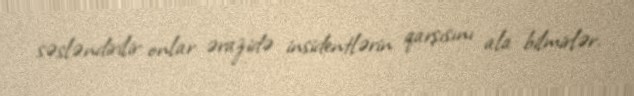
səsləndirilir onlar ərazidə insidentlərin qarşısını ala bilmirlər.